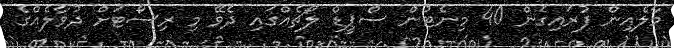
މާލެއިން ފުރައިގެން 40 މިނެޓުން ސްޕީޑް ލޯޗެއްގައި ދެވޭ މި ރިސޯޓަށް ދުވާލެއްގެ